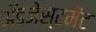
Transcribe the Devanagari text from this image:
ॲडजेस्टमेंट